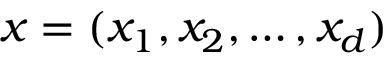
{ \boldsymbol { x } } = ( x _ { 1 } , x _ { 2 } , \ldots , x _ { d } )